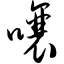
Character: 嚷